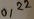
Text: 0,22